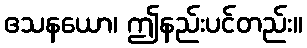
ဧသနယော၊ ဤနည်းပင်တည်း။